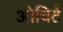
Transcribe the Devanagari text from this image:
ओचिर्ट